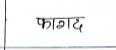
मजकूर: फागद